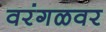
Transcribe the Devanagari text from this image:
वरंगळवर